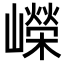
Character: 嶸